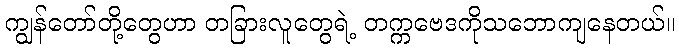
ကျွန်တော်တို့တွေဟာ တခြားလူတွေရဲ့ တက္ကဗေဒကိုသဘောကျနေတယ်။